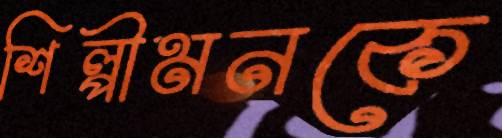
শিল্পীমনকে